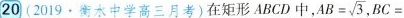
20(2019 \cdot 衡水中学高三月考)在矩形ABCD中， $$A B = \sqrt { 3 }$$ ，$$B C =